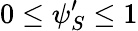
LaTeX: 0\leq\psi_{S}^{\prime}\leq 1